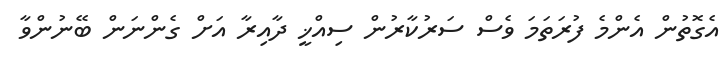
އެގޮތުން އެންމެ ފުރަތަމަ ވެސް ސަރުކާރުން ސިއްޚީ ދާއިރާ އަށް ގެންނަން ބޭނުންވާ